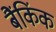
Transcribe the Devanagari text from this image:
बैंकिंक